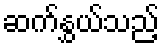
ဆက်နွှယ်သည့်